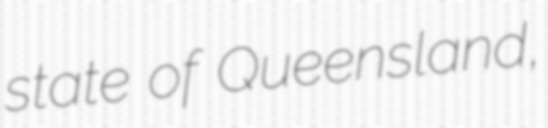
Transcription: state of Queensland,